Lunatic asylums Punjab 1881-1894 - 1881-1894
Year: 1881
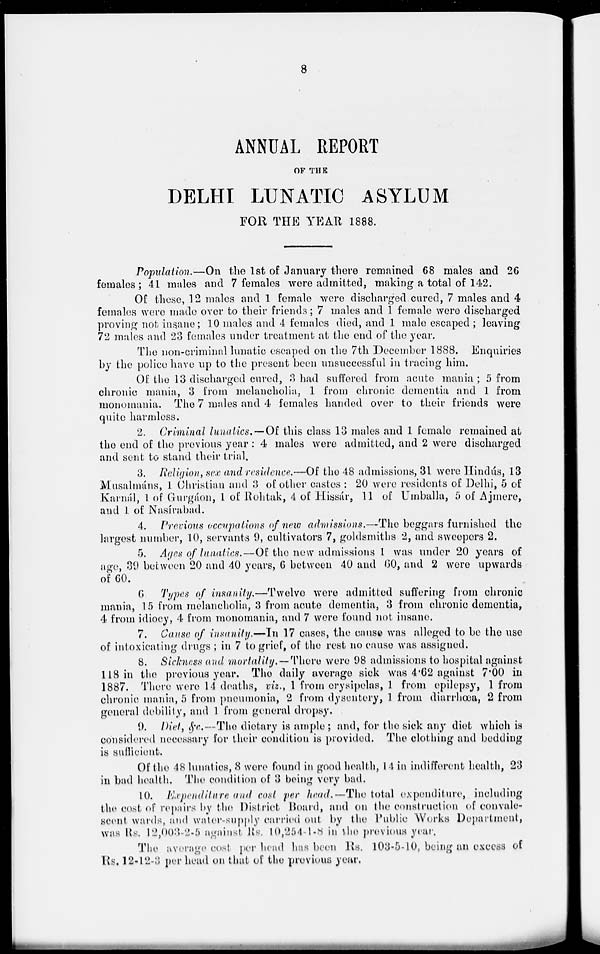
8
ANNUAL REPORT
OF THE
DELHI LUNATIC ASYLUM
FOR THE YEAR 1888.
Population.—On the 1st of January there remained 68 males and 26
females; 41 males and 7 females were admitted, making a total of 142.
Of these, 12 males and 1 female were discharged cured, 7 males and 4
females were made over to their friends; 7 males and 1 female were discharged
proving not insane; 10 males and 4 females died, and 1 male escaped; leaving
72 males and 23 females under treatment at the end of the year.
The non-criminal lunatic escaped on the 7th December 1888. Enquiries
by the police have up to the present been unsuccessful in tracing him.
Of the 13 discharged cured, 3 had suffered from acute mania; 5 from
chronic mania, 3 from melancholia, 1 from chronic dementia and 1 from
monomania. The 7 males and 4 females handed over to their friends were
quite harmless.
2. Criminal lunatics.—Of this class 13 males and 1 female remained at
the end of the previous year : 4 males were admitted, and 2 were discharged
and sent to stand their trial.
3. Religion, sex and residence.—Of the 48 admissions, 31 were Hindús, 13
Musalmáns, 1 Christian and 3 of other castes : 20 were residents of Delhi, 5 of
Karnál, 1 of Gurgáon, 1 of Rohtak, 4 of Hissár, 11 of Umballa, 5 of Ajmere,
and 1 of Nasírabad.
4. Previous occupations of new admissions.—The beggars furnished the
largest number, 10, servants 9, cultivators 7, goldsmiths 2, and sweepers 2.
5. Ages of lunatics.—Of the new admissions 1 was under 20 years of
age, 39 between 20 and 40 years, 6 between 40 and 60, and 2 were upwards
of 60.
6. Types of insanity.—Twelve were admitted suffering from chronic
mania, 15 from melancholia, 3 from acute dementia, 3 from chronic dementia,
4 from idiocy, 4 from monomania, and 7 were found not insane.
7. Cause of insanity.—In 17 cases, the cause was alleged to be the use
of intoxicating drugs ; in 7 to grief, of the rest no cause was assigned.
8. Sickness and mortality.—There were 98 admissions to hospital against
118 in the previous year. The daily average sick was 4.62 against 7.00 in
1887. There were 14 deaths, viz., 1 from erysipelas, 1 from epilepsy, 1 from
chronic mania, 5 from pneumonia, 2 from dysentery, 1 from diarrhœa, 2 from
general debility, and 1 from general dropsy.
9. Diet, &c.—The dietary is ample; and, for the sick any diet which is
considered necessary for their condition is provided. The clothing and bedding
is sufficient.
Of the 48 lunatics, 8 were found in good health, 14 in indifferent health, 23
in bad health. The condition of 3 being very bad.
10. Expenditure and cost per head.—The total expenditure, including
the cost of repairs by the District Board, and on the construction of convale-
scent wards, and water-supply carried out by the Public Works Department,
was Rs. 12,003-2-5 against Rs. 10,254-1-8 in the previous year.
The average cost per head has been Its. 103-5-10, being an excess of
Rs, 12-12-3 per head on that of the previous year.